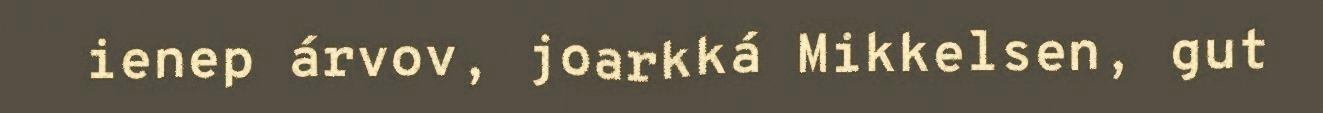
ienep árvov, joarkká Mikkelsen, gut